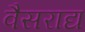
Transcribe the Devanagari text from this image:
वैसराद्य